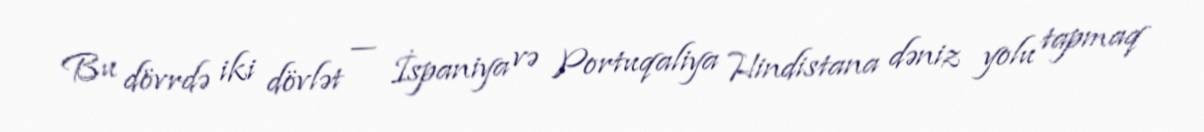
Bu dövrdə iki dövlət — İspaniya və Portuqaliya Hindistana dəniz yolu tapmaq